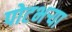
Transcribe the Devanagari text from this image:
पोटभऱ्या